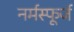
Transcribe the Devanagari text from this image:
नर्मस्फूर्ज